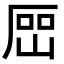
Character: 𡸡